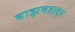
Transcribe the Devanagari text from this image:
बाझबहाद्दर